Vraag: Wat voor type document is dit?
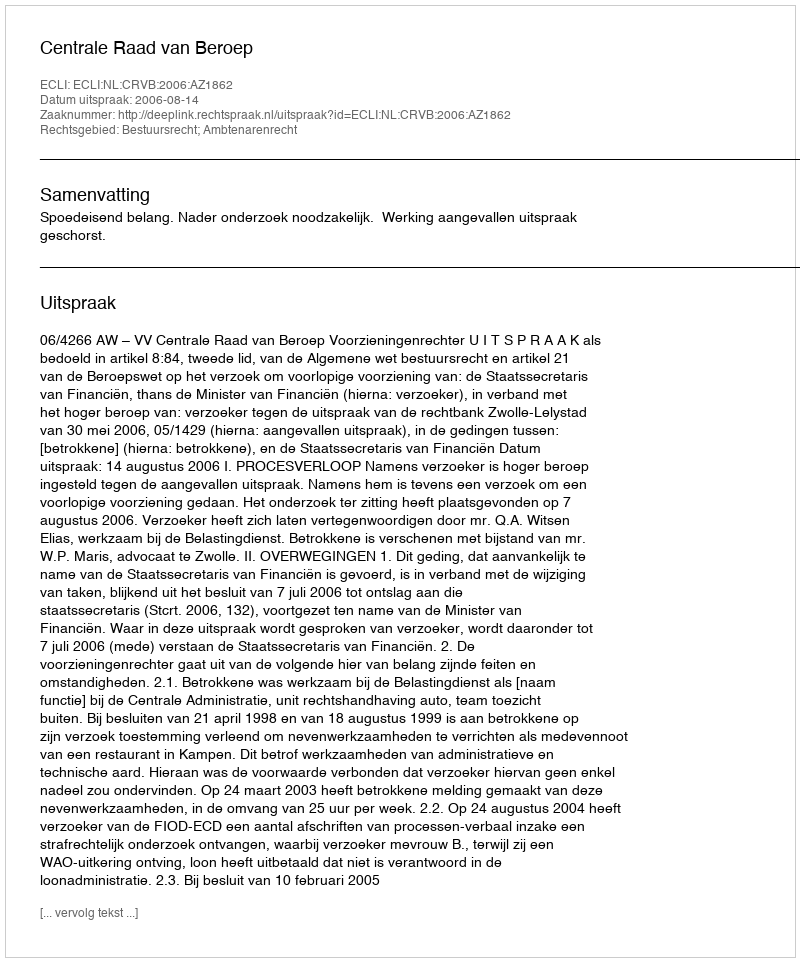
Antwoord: Uitspraak